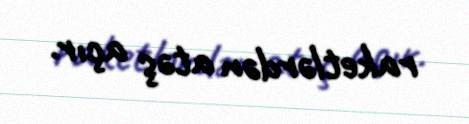
raketlərdən atəş açır.